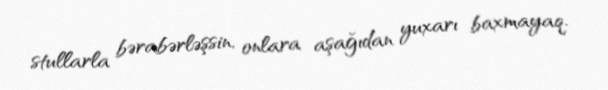
stullarla bərabərləşsin, onlara aşağıdan yuxarı baxmayaq.